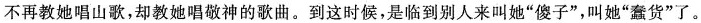
不再教她唱山歌，却教她唱敬神的歌曲。到这时候，是临到别人来叫她”傻子”，叫她”蠢货”了。